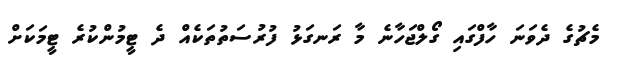
މެޗުގެ ދެވަނަ ހާފްގައި ގޯލްޖަހާނެ މާ ރަނގަޅު ފުރުސަތުތަކެއް ދެ ޓީމުންކުރެ ޓީމަކަށް